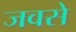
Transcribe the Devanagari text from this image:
जवसे